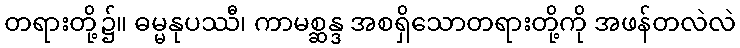
တရားတို့၌။ ဓမ္မနုပဿီ၊ ကာမစ္ဆန္ဒ အစရှိသောတရားတို့ကို အဖန်တလဲလဲ